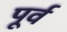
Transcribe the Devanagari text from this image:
पूर्व